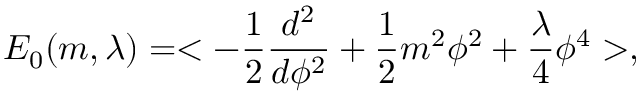
E _ { 0 } ( m , \lambda ) = < - { \frac { 1 } { 2 } } { \frac { d ^ { 2 } } { d \phi ^ { 2 } } } + { \frac { 1 } { 2 } } m ^ { 2 } \phi ^ { 2 } + \frac { \lambda } { 4 } \phi ^ { 4 } > ,